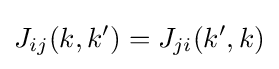
J_{ij}(k,k')=J_{ji}(k',k)